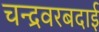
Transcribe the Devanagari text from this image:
चन्द्रवरबदाई